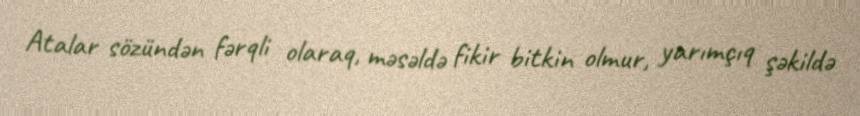
Atalar sözündən fərqli olaraq, məsəldə fikir bitkin olmur, yarımçıq şəkildə